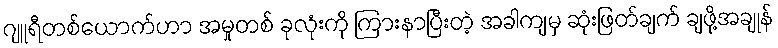
ဂျူရီတစ်ယောက်ဟာ အမှုတစ် ခုလုံးကို ကြားနာပြီးတဲ့ အခါကျမှ ဆုံးဖြတ်ချက် ချဖို့အချုန်